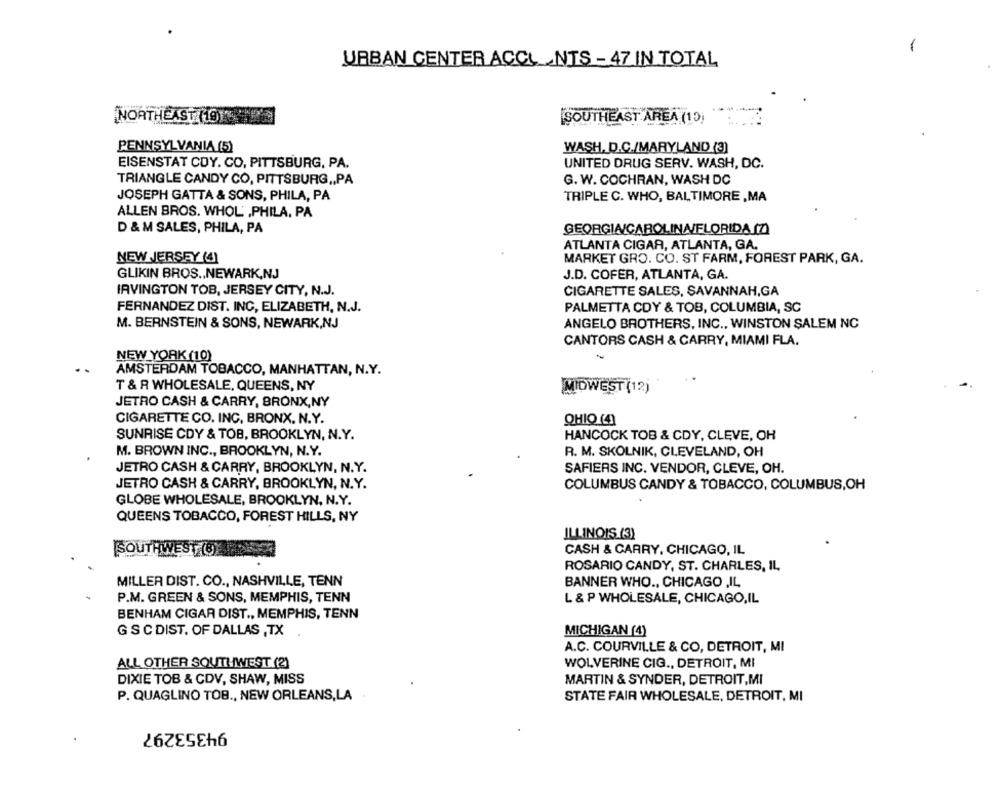
URBAN CENTER ACCL_ NTS - 47 IN TOTAL
NORTHEAST HOT
[SOUTHEAST AREA (1)
PENNSYLVANIA (5)
WASH, D.C./MARYLAND (3)
EISENSTAT CDY. CO, PITTSBURG, PA.
UNITED DRUG SERV. WASH, DC.
TRIANGLE CANDY CO, PITTSBURG ,, PA
G. W. COCHRAN, WASH DC
JOSEPH GATTA & SONS, PHILA, PA
TRIPLE C. WHO, BALTIMORE ,MA
ALLEN BROS. WHOL' ,PHILA, PA
D & M SALES, PHILA, PA
GEORGIA/CAROLINA/FLORIDA (Z)
ATLANTA CIGAR, ATLANTA, GA.
NEW JERSEY (4)
MARKET GRO. CO. ST FARM, FOREST PARK, GA.
GLIKIN BROS .. NEWARK,NJ
J.D. COFER, ATLANTA, GA.
IRVINGTON TOB, JERSEY CITY, N.J.
CIGARETTE SALES, SAVANNAH,GA
FERNANDEZ DIST. INC, ELIZABETH, N.J.
PALMETTA CDY & TOB, COLUMBIA, SC
M. BERNSTEIN & SONS, NEWARK,NJ
ANGELO BROTHERS, INC ., WINSTON SALEM NC
CANTORS CASH & CARRY, MIAMI FLA.
-
NEW YORK (10)
AMSTERDAM TOBACCO, MANHATTAN, N.Y.
T & R WHOLESALE, QUEENS, NY
MIDWEST (12)
JETRO CASH & CARRY, BRONX,NY
CIGARETTE CO. INC. BRONX. N.Y.
OHIO (4)
SUNRISE CDY & TOB, BROOKLYN, N.Y.
HANCOCK TOB & CDY, CLEVE, OH
M. BROWN INC ., BROOKLYN, N.Y.
R. M. SKOLNIK, CLEVELAND, OH
JETRO CASH & CARRY, BROOKLYN, N.Y.
SAFIERS INC. VENDOR, CLEVE, OH.
JETRO CASH & CARRY, BROOKLYN, N.Y.
COLUMBUS CANDY & TOBACCO, COLUMBUS,OH
GLOBE WHOLESALE, BROOKLYN, N.Y.
QUEENS TOBACCO, FOREST HILLS, NY
ILLINOIS (3)
(SOUTHWEST (8)
CASH & CARRY. CHICAGO, IL
ROSARIO CANDY, ST. CHARLES, IL
MILLER DIST. CO ., NASHVILLE, TENN
BANNER WHO ., CHICAGO ,IL
P.M. GREEN & SONS, MEMPHIS, TENN
L & P WHOLESALE, CHICAGO,IL
BENHAM CIGAR DIST ., MEMPHIS, TENN
G SC DIST. OF DALLAS ,TX
MICHIGAN (4)
A.C. COURVILLE & CO, DETROIT, MI
ALL OTHER SOUTHWEST (2)
WOLVERINE CIG ., DETROIT, MI
DIXIE TOB & CDV, SHAW, MISS
MARTIN & SYNDER, DETROIT,MI
P. QUAGLINO TOB ., NEW ORLEANS,LA
STATE FAIR WHOLESALE, DETROIT, MI
94353297